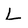
Character: L